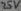
Text: 25V